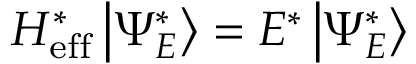
H _ { \mathrm { e f f } } ^ { * } \left| \Psi _ { E } ^ { * } \right\rangle = E ^ { * } \left| \Psi _ { E } ^ { * } \right\rangle